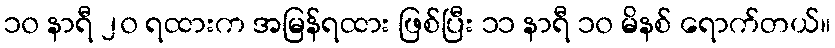
၁၀ နာရီ ၂၀ ရထားက အမြန်ရထား ဖြစ်ပြီး ၁၁ နာရီ ၁၀ မိနစ် ရောက်တယ်။